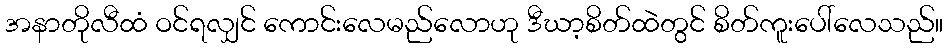
အနာတိုလီထံ ဝင်ရလျှင် ကောင်းလေမည်လောဟု ဒီဃာ့စိတ်ထဲတွင် စိတ်ကူးပေါ်လေသည်။